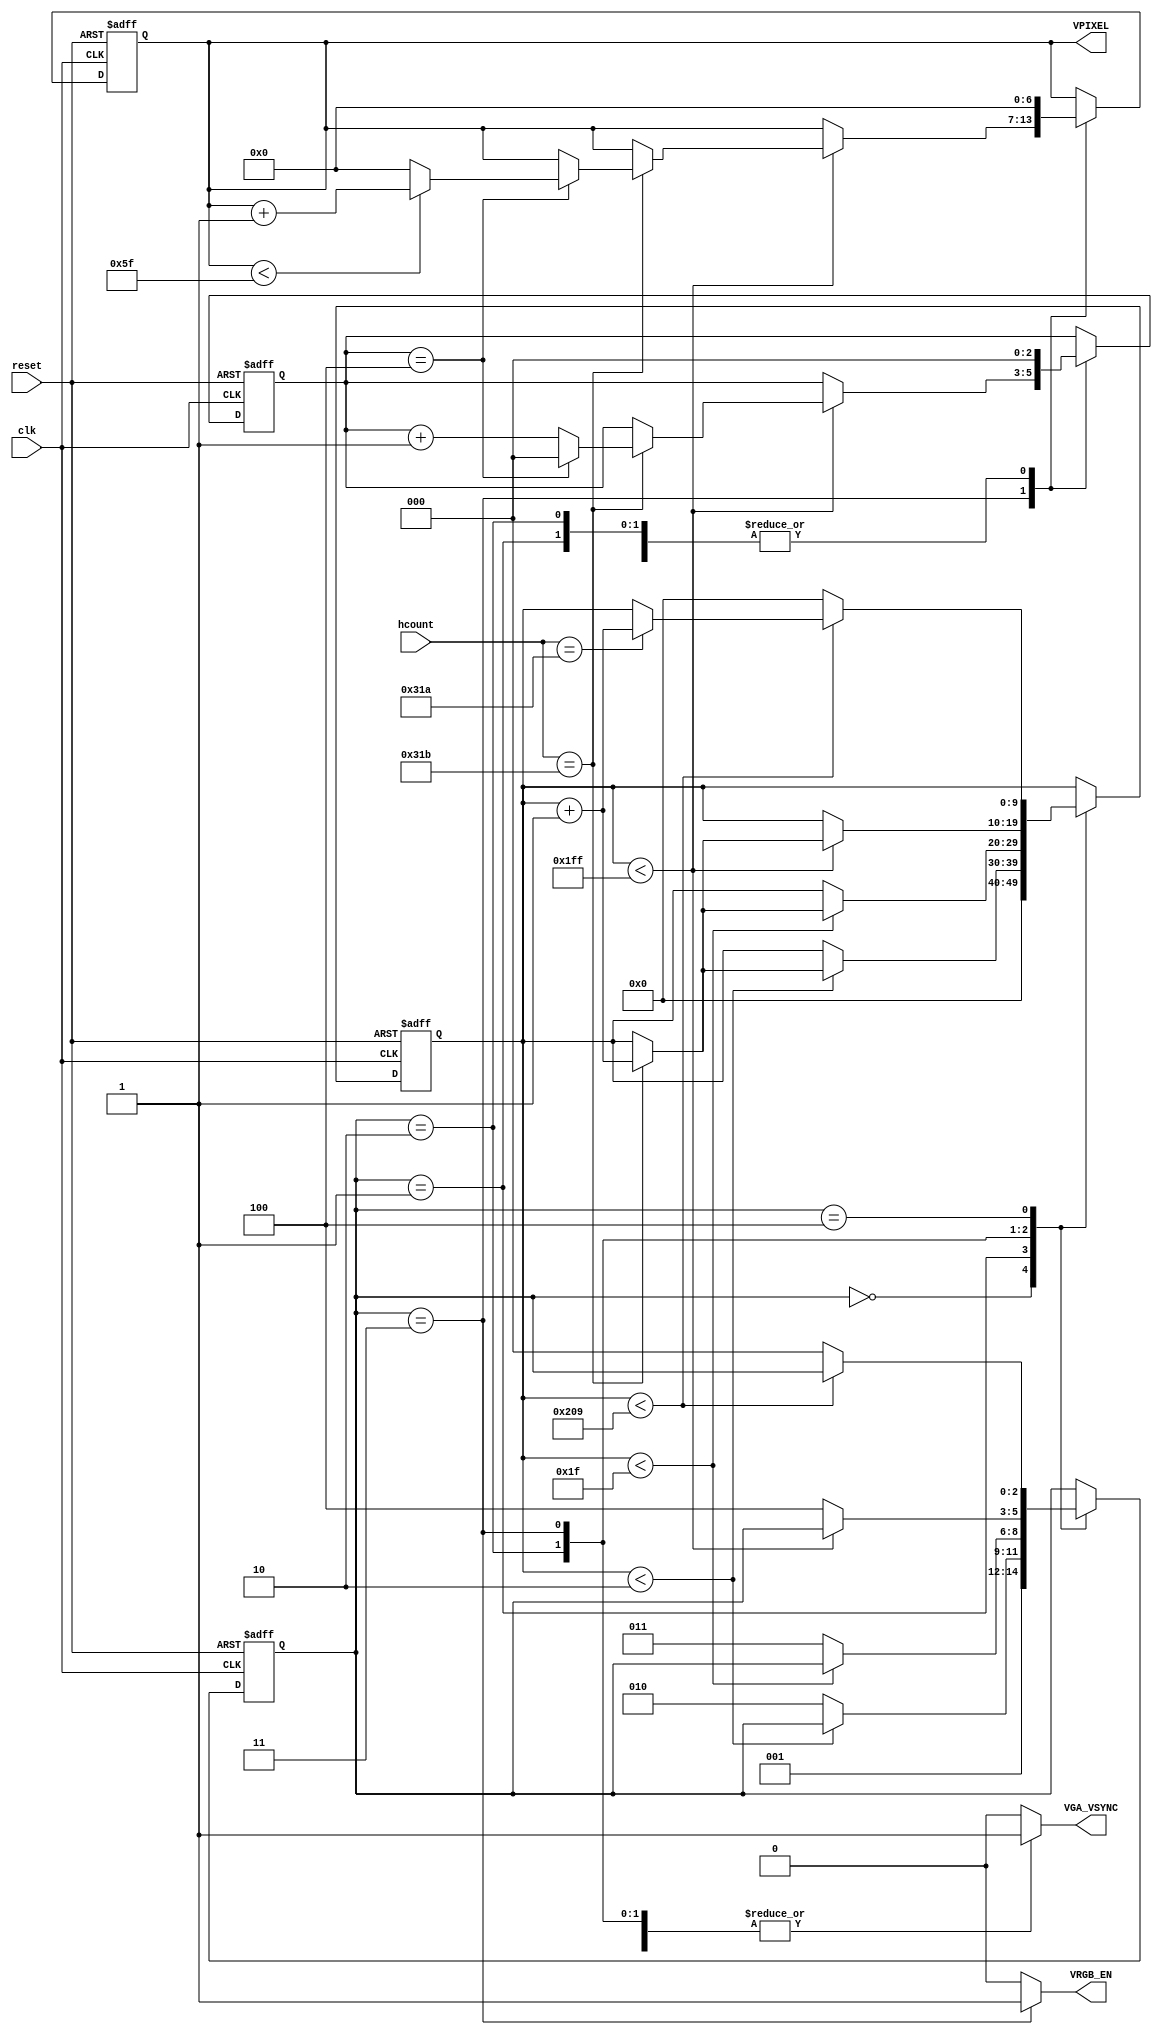
`timescale 1ns/1ps

module Vcounter(clk, reset, hcount, VGA_VSYNC, VPIXEL, VRGB_EN);

input clk, reset;
input [9:0] hcount;/*counter from Hcounter module that helps us check when a row ends, by checking its value*/
output reg VGA_VSYNC;/*Vertical synchronization signal*/
output [6:0] VPIXEL;/*counter that gives the vertical value for the pixel*/
output reg VRGB_EN;/*Enable signal for RGB, it gets enabled only in stateR*/

reg [2:0] state, state_next;/*state logic transition registers*/
reg [9:0] vcount, vcount_next;/*counter that counts throughout all the states of combinational logic always block*/
reg [6:0] vcount_ins, vcount_ins_next;/*Register which only counts in stateR, to give its value to VPIXEL*/
reg [2:0] flag, flag_next;/*variable that is used to divide the cycles of stateD by 5, so that hcount_ins can get the proper values from (0->95)*/

parameter 	stateO = 0,
			stateP = 1,
			stateQ = 2,
			stateR = 3,
			stateS = 4;

/*Sequential logic always block*/
always@ (posedge clk or posedge reset) begin
	if(reset) begin
		state <= stateO;
		vcount <= 0;
		vcount_ins <= 0;
		flag <= 0;
	end
	else begin
		state <= state_next;
		vcount <= vcount_next;
		vcount_ins <= vcount_ins_next;
		flag <= flag_next;
	end
end

/*Combinational logic always block*/
always@(state or hcount or vcount or flag or vcount_ins) begin
	state_next = state;
	vcount_next = vcount;
	vcount_ins_next = vcount_ins;
	flag_next = flag;
	VGA_VSYNC = 0;
	VRGB_EN = 0;
	case(state)
		/*(1 cycle) stateO*/
		stateO: begin
			VRGB_EN = 0;
			VGA_VSYNC = 1'b1;
			vcount_next = 0;
			state_next = stateP;
		end
		/*(2 lines) stateP*/
		stateP: begin
			flag_next = 0;
			VRGB_EN = 0;
			VGA_VSYNC = 1'b0;
			vcount_ins_next = 0;
			if(vcount < 2) begin
				if(hcount == (795))
					vcount_next = vcount_next + 1;
			end
			else
				state_next = stateQ;
		end
		/*(29 lines) stateQ*/
		stateQ: begin
			flag_next = 0;
			VRGB_EN = 0;
			VGA_VSYNC = 1'b1;
			vcount_ins_next = 0;
			if(vcount < 31) begin
				if(hcount == 795)
					vcount_next = vcount_next + 1;
			end
			else
				state_next = stateR;
		end
		/*(480 lines) stateR*/
		stateR: begin
			VGA_VSYNC = 1'b1;
			VRGB_EN = 1;
			if(vcount < 511) begin
				if(hcount == 795) begin
					vcount_next = vcount_next + 1;
					flag_next = flag_next + 1;
					if(flag == 4) begin/*Here we check the value of the flag every 5 cycles to increament vcount*/
						if(vcount_ins < 95)/*Here we make sure that vcount_ins doesn't exceed 95*/
							vcount_ins_next = vcount_ins_next + 1;
						else
							vcount_ins_next = 0;
						flag_next = 0;
					end
				end
			end
			else
				state_next = stateS;
		end
		/*(10 lines - 1 cycle) stateS*/
		stateS: begin
			flag_next = 0;
			VRGB_EN = 0;
			VGA_VSYNC = 1'b1;
			vcount_ins_next = 0;
			if(vcount < 521) begin
				if(hcount == 794)//795 - 1 cycle because the stateO has the extra cycle 
					vcount_next = vcount_next + 1;
			end
			else begin
				state_next = stateO;
				vcount_next = 0;
			end
		end
	endcase
end

assign VPIXEL = vcount_ins;

endmodule